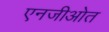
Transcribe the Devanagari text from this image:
एनजीओत